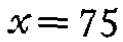
\(x = 75\)